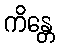
ကိန္တေ